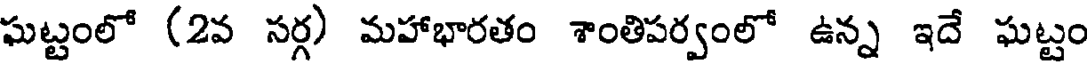
ఘట్టంలో (2వ సర్గ) మహాభారతం శాంతిపర్వంలో ఉన్న ఇదే ఘట్టం